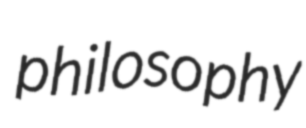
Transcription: philosophy